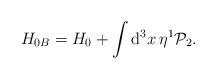
LaTeX: \begin{align*}H_{0B}=H_{0}+\int \mathrm{d}^{3}x\,\eta ^{1}\mathcal{P}_{2}. \end{align*}